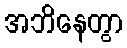
အဘိနေတွာ